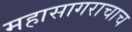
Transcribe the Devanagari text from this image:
महासागराचाच